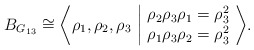
\begin{align*}B_{G_{13}}\cong\bigg\langle \rho_1, \rho_2, \rho_3 \ \bigg\vert\ \begin{matrix}\rho_2 \rho_3 \rho_1 = \rho_3^2\\\rho_1 \rho_3 \rho_2=\rho_3^2\end{matrix} \ \bigg\rangle.\end{align*}